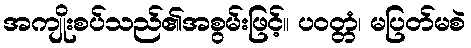
အကျိုးစပ်သည်၏အစွမ်းဖြင့်။ ပဝတ္တံ၊ မပြတ်မစဲ